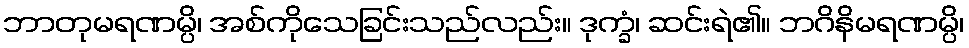
ဘာတုမရဏမ္ပိ၊ အစ်ကိုသေခြင်းသည်လည်း။ ဒုက္ခံ၊ ဆင်းရဲ၏။ ဘဂိနိမရဏမ္ပိ၊